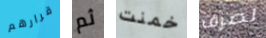
قرارهم ثم خمنت لصرف